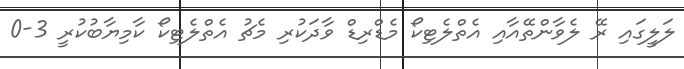
ލަލީގައި ރޭ ލެވާންތޭއާއި އެތްލެޓިކޯ މެޑްރިޑް ވާދަކުރި މެޗު އެތްލެޓިކޯ ކާމިޔާބުކުރީ 3-0